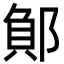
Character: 𮠂